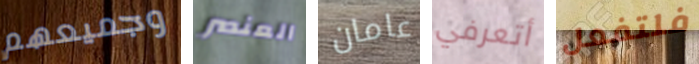
وجميعهم العنصر عامان أتعرفي فلتفعل